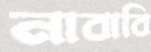
নাবাবি